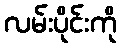
လမ်းပိုင်းကို